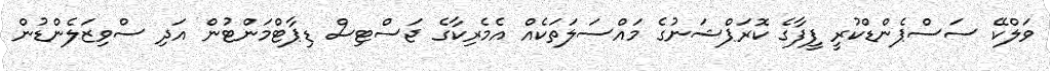
ވަލްކޭ ސަސްޕެންޑްކުރީ ފީފާގެ ކޮރަޕްޝަނުގެ މައްސަލަތަކެއްް އެމެރިކާގެ ޖަސްޓިސް ޑިޕާޓްމަންޓުން އަދި ސްވިޒަލެންޑުން